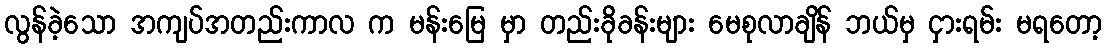
လွန်ခဲ့သော အကျပ်အတည်းကာလ က မန်းမြေ မှာ တည်းခိုခန်းများ မေစုလာချိန် ဘယ်မှ ငှားရမ်း မရတော့